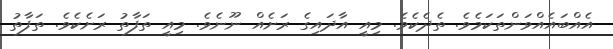
އެއްބައެއްވަންތަކަމެވެ. ތެދެކެވެ. މިއީ އާދައިގެ ރަށެއް ނޫނެވެ. މިއީ ތަފާތު ރަށެކެވެ. ތަފާތު